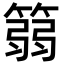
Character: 篛